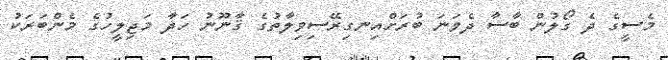
މެސީގެ ދެ ގޯލުން ބާސާ ދެވަނަ ބުރަށްއިނގިރޭސިވިލާތުގެ ޤާނޫނު ހަދާ މަޖިލީހުގެ މެންބަރަކު